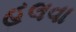
હલવા